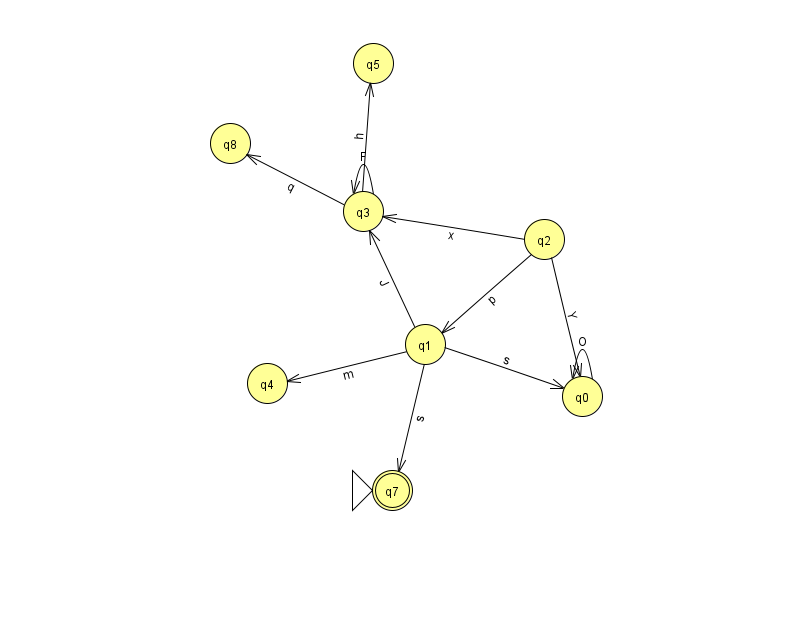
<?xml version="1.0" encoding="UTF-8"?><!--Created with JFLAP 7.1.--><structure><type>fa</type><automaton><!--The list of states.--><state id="0" name="q0"><x>582.0</x><y>383.0</y></state><state id="1" name="q1"><x>425.0</x><y>331.0</y></state><state id="2" name="q2"><x>544.0</x><y>226.0</y></state><state id="3" name="q3"><x>363.0</x><y>198.0</y></state><state id="4" name="q4"><x>267.0</x><y>370.0</y></state><state id="5" name="q5"><x>373.0</x><y>50.0</y></state><state id="7" name="q7"><x>392.0</x><y>477.0</y><initial/><final/></state><state id="8" name="q8"><x>230.0</x><y>130.0</y></state><!--The list of transitions.--><transition><from>3</from><to>5</to><read>h</read></transition><transition><from>1</from><to>4</to><read>m</read></transition><transition><from>2</from><to>0</to><read>Y</read></transition><transition><from>2</from><to>1</to><read>p</read></transition><transition><from>1</from><to>3</to><read>J</read></transition><transition><from>2</from><to>3</to><read>x</read></transition><transition><from>3</from><to>3</to><read>F</read></transition><transition><from>1</from><to>7</to><read>s</read></transition><transition><from>1</from><to>0</to><read>s</read></transition><transition><from>3</from><to>8</to><read>q</read></transition><transition><from>0</from><to>0</to><read>O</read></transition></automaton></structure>